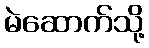
မဲဆောက်သို့